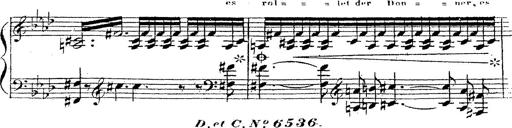
Title: 12 Lieder von Franz Schubert
Composer: Franz Liszt